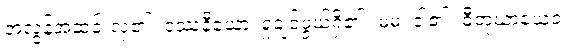
အလွန်အဆင်းလှ၏။ ဒဿနီယော၊ ရှုချင်ဖွယ်ရှိ၏။ မမ၊ ငါ၏။ ဓီတုယာယေဝ၊